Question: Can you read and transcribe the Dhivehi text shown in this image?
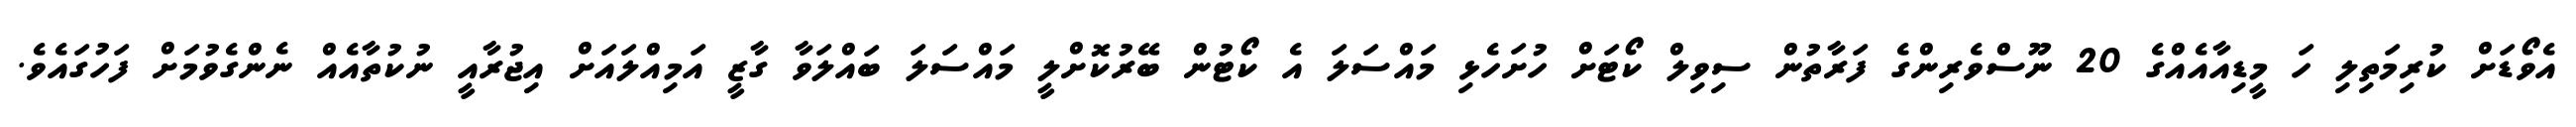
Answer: އެވޯޑަށް ކުރިމަތިލި ހަ މީޑިއާއެއްގެ 20 ނޫސްވެރިންގެ ފަރާތުން ސިވިލް ކޯޓަށް ހުށަހެޅި މައްސަލަ އެ ކޯޓުން ބޭރުކޮށްލީ މައްސަލަ ބައްލަވާ ގާޒީ އަމިއްލައަށް އިޖުރާއީ ނުކުތާއެއް ނެންގެވުމަށް ފަހުގައެވެ.